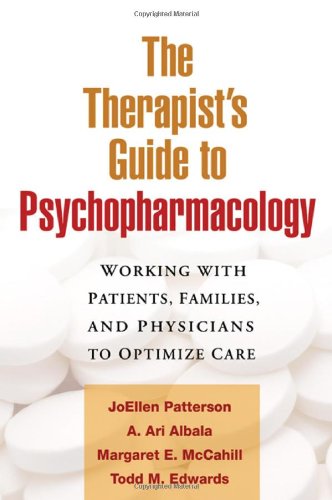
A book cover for The Therapist's Guide to Psychopharmacology: Working with Patients, Families, and Physicians to Optimize Care; JoEllen Patterson Phd; Medical Books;